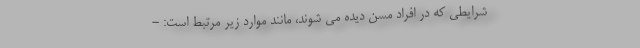
شرایطی که در افراد مسن دیده می شوند، مانند موارد زیر مرتبط است: -